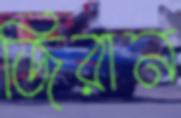
জিরান